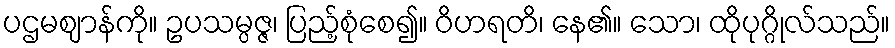
ပဌမဈာန်ကို။ ဥပသမ္ပဇ္ဇ၊ ပြည့်စုံစေ၍။ ဝိဟရတိ၊ နေ၏။ သော၊ ထိုပုဂ္ဂိုလ်သည်။